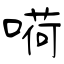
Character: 嗬